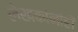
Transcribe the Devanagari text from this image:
लेखकांनीही